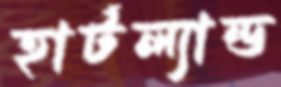
হার্টল্যান্ড